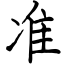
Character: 准